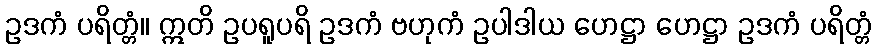
ဥဒကံ ပရိတ္တံ။ ဣတိ ဥပရူပရိ ဥဒကံ ဗဟုကံ ဥပါဒါယ ဟေဋ္ဌာ ဟေဋ္ဌာ ဥဒကံ ပရိတ္တံ